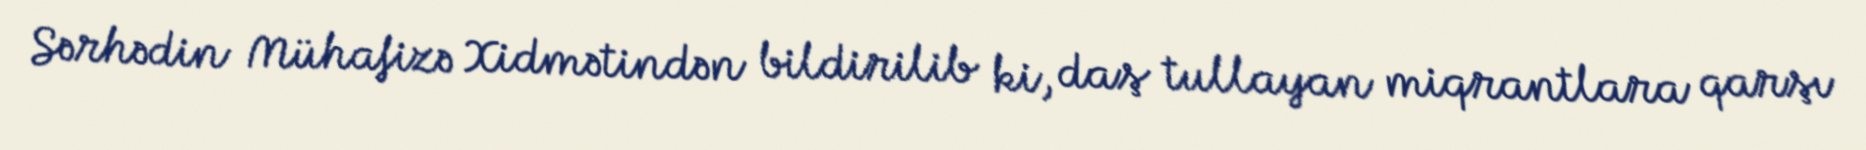
Sərhədin Mühafizə Xidmətindən bildirilib ki, daş tullayan miqrantlara qarşı